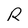
Character: R